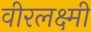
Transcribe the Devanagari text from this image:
वीरलक्ष्मी